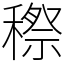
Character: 穄